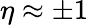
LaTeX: \eta\approx\pm 1